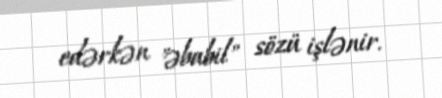
edərkən "əbabil" sözü işlənir.